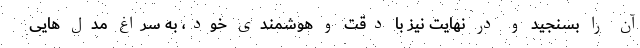
آن را بسنجید و در نهایت نیز با دقت و هوشمندی خود، به سراغ مدل هایی